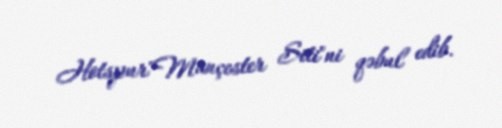
Hotspur"Mançester Siti"ni qəbul edib.